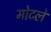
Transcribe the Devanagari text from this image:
मोटले